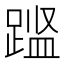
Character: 𨃎